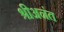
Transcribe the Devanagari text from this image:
श्रीअनंत